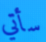
سأتي